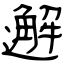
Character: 邂